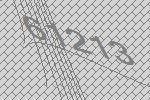
61213